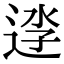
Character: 𨓎